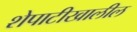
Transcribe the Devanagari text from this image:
शेपाटीखालील